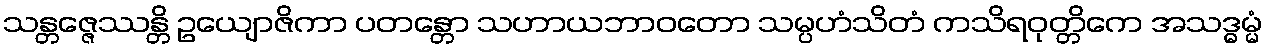
သန္တဇ္ဇေဿန္တိ ဥယျောဇိကာ ပတန္တော သဟာယဘာဝတော သမ္ပဟံသိတံ ကသိရဝုတ္တိကေ အသဒ္ဓမ္မံ